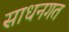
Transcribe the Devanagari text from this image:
साधनगत